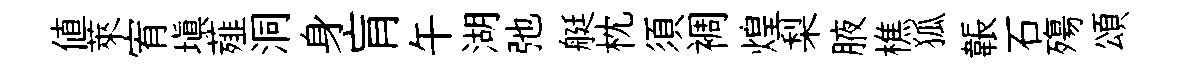
值萊宥填薤洞身肓午湖弛艇枕須裯煌梨腋樵狐韔石殤頌